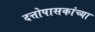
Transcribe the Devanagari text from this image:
दत्तोपासकांच्या